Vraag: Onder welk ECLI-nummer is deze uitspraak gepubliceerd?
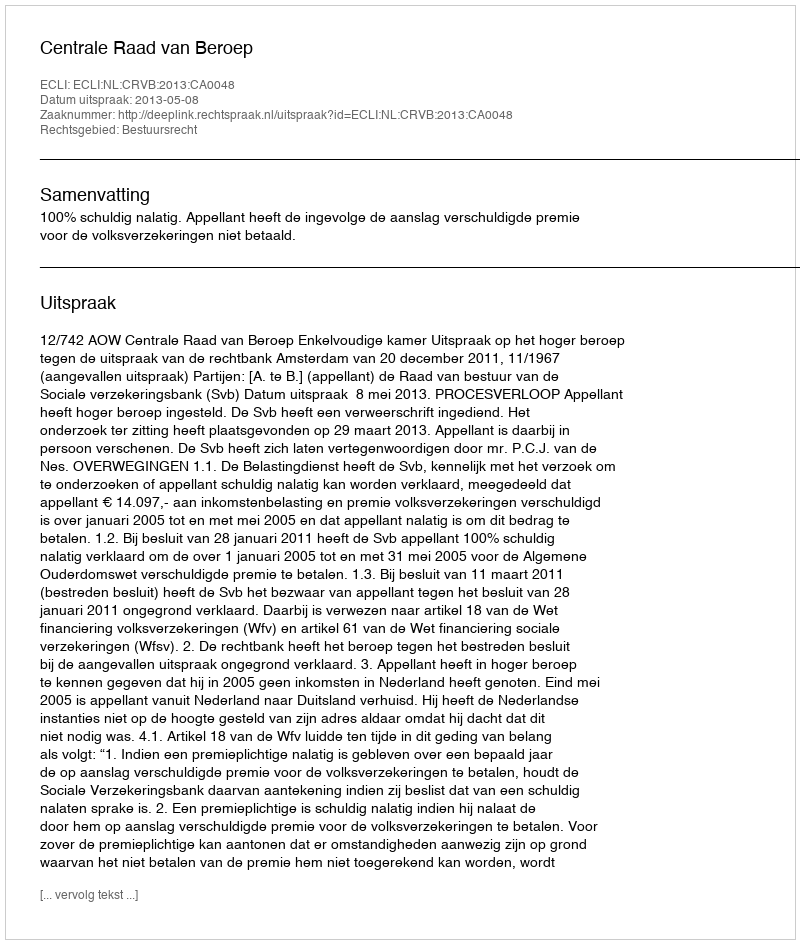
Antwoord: ECLI:NL:CRVB:2013:CA0048